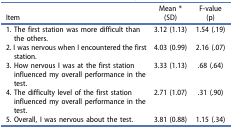
| Item | Mean *(SD) | F-value (p) |
 | --- | --- | --- |
 | 1. The first station was more difficult than the others. | 3.12 (1.13) | 1.54 (.19) |
 | 2. I was nervous when I encountered the first station. | 4.03 (0.99) | 2.16 (.07) |
 | 3. How nervous I was at the first station influenced my overall performance in the test. | 3.33 (1.13) | .68 (.64) |
 | 4. The difficulty level of the first station influenced my overall performance in the test. | 2.71 (1.07) | .31 (.90) |
 | 5. Overall, I was nervous about the test. | 3.81 (0.88) | 1.15 (.34) |